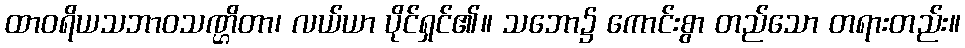
ထာဝရိယသဘာဝသဏ္ဌိတာ၊ လယ်ယာ ပိုင်ရှင်၏။ သဘော၌ ကောင်းစွာ တည်သော တရားတည်း။